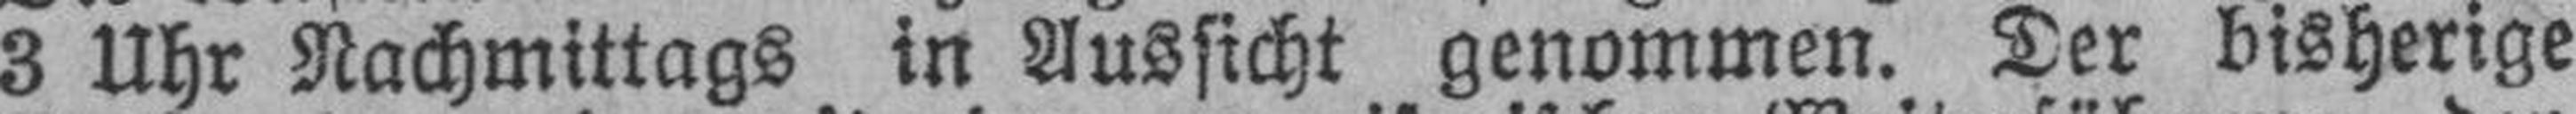
3 Uhr Nachmittags in Aussicht genommen. Der bisherige